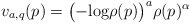
\begin{align*}v_{a,q}(p)=\bigl(-\textrm{log} \rho(p)\bigl)^a \rho(p)^{\alpha}\end{align*}